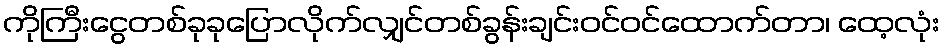
ကိုကြီးငွေတစ်ခုခုပြောလိုက်လျှင်တစ်ခွန်းချင်းဝင်ဝင်ထောက်တာ၊ ထေ့လုံး